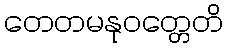
တေတမနုဝတ္တေတိ